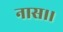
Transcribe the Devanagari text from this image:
नास।।